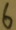
Text: 6